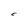
Character: C